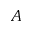
A